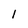
Character: 1